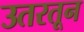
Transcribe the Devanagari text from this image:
उतरतून